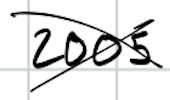
Text: 2005
Cross-out: cross
Writing tool: digital_black